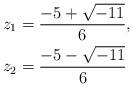
LaTeX: \begin{align*} z_1 &=\frac{-5+\sqrt{-11}}{6},\\ z_2 &=\frac{-5-\sqrt{-11}}{6} \end{align*}